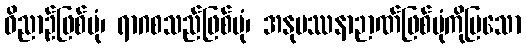
ဝိညာဉ်ဖြစ်ပုံ၊ ရာဂစသည်ဖြစ်ပုံ၊ အနုပဿနာဉာဏ်ဖြစ်ပုံကိုပြသော